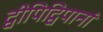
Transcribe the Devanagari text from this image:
द्वीपिद्विपानां